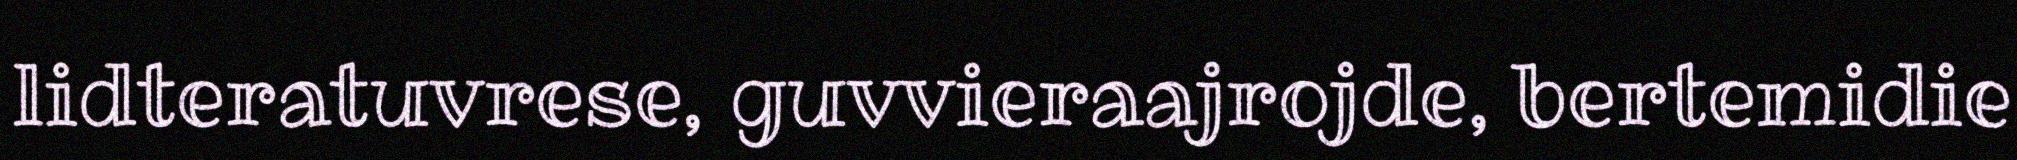
lidteratuvrese, guvvieraajrojde, bertemidie